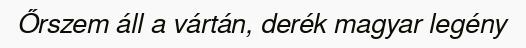
Őrszem áll a vártán, derék magyar legény